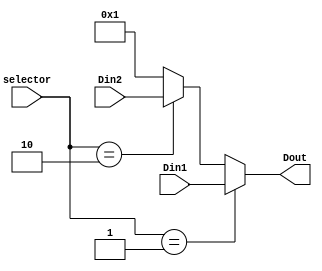
module data_multiplexer(
	input [1:0] selector,
	input [7:0] Din1,
	input [7:0] Din2,
	output [7:0] Dout
);
	assign Dout = 	(selector == 2'd01) ? Din1 : 
						(selector == 2'd02) ? Din2 :
						8'b1;
endmodule